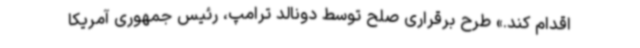
اقدام کند.» طرح برقراری صلح توسط دونالد ترامپ، رئیس جمهوری آمریکا